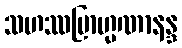
သဟဿဗြာဟ္မဏာနန္ဒ